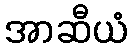
အာဆီယံ